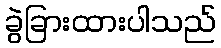
ခွဲခြားထားပါသည်